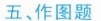
五、作图题